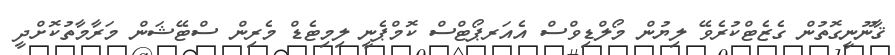
ޤާނޫނީގޮތުން ގެޒެޓްކުރެވޭ ލިޔުން މޯލްޑިވްސް އެއަރޕޯޓްސް ކޮމްޕެނީ ލިމިޓެޑް މެރިން ސްޓޭޝަން މަރާމާތުކޮށްދީ